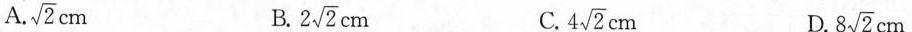
A. \sqrt{2} cm B. 2\sqrt{2} cm C. 4\sqrt{2} cm D. 8\sqrt{2} cm